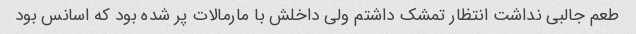
طعم جالبی نداشت انتظار تمشک داشتم ولی داخلش با مارمالات پر شده بود که اسانس بود